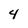
Character: 4